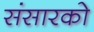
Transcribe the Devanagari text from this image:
संसारको